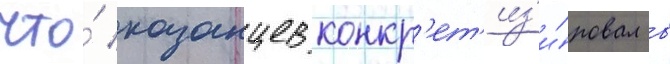
что́ казанцев конкр'ет'из'и́ровал в